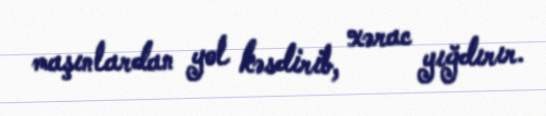
maşınlardan yol kəsdirib, xərac yığdırır.